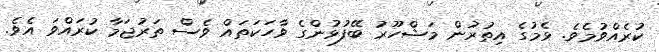
ކުރެއްވުމެވެ. ޅެމުގެ އިތުރުން މަޝްހޫރު ބޭފުޅުންގެ ވާހަކަތައް ވެސް ތަރުޖަމާ ކުރައްވަ އެވެ.